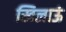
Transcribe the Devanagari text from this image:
खिलाऊं